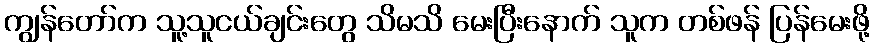
ကျွန်တော်က သူ့သူငယ်ချင်းတွေ သိမသိ မေးပြီးနောက် သူက တစ်ဖန် ပြန်မေးဖို့